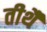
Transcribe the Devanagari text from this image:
तीर्थै